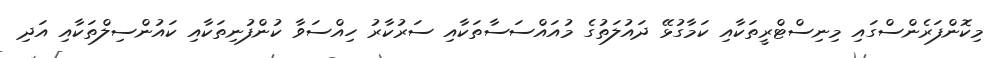
މިކޮންފަރެންސްގައި މިނިސްޓްރީތަކާއި ކަމާގުޅޭ ދައުލަތުގެ މުއައްސަސާތަކާއި ސަރުކާރު ހިއްސަވާ ކުންފުނިތަކާއި ކައުންސިލްތަކާއި އަދި